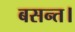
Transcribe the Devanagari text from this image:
बसन्त।